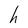
Character: h